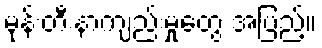
မုန်းတီးနာကျည်းမှုတွေ အပြည့်။